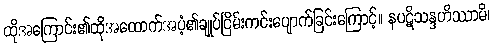
ထိုအကြောင်း၏ထိုအထောက်အပံ့၏ချုပ်ငြိမ်းကင်းပျောက်ခြင်းကြောင့်။ နပဋိသန္ဒဟိဿာမိ၊